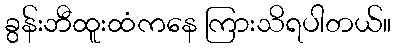
ခွန်းဘီထူးထံကနေ ကြားသိရပါတယ်။